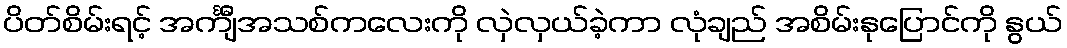
ပိတ်စိမ်းရင့် အင်္ကျီအသစ်ကလေးကို လှဲလှယ်ခဲ့ကာ လုံချည် အစိမ်းနုပြောင်ကို နွယ်